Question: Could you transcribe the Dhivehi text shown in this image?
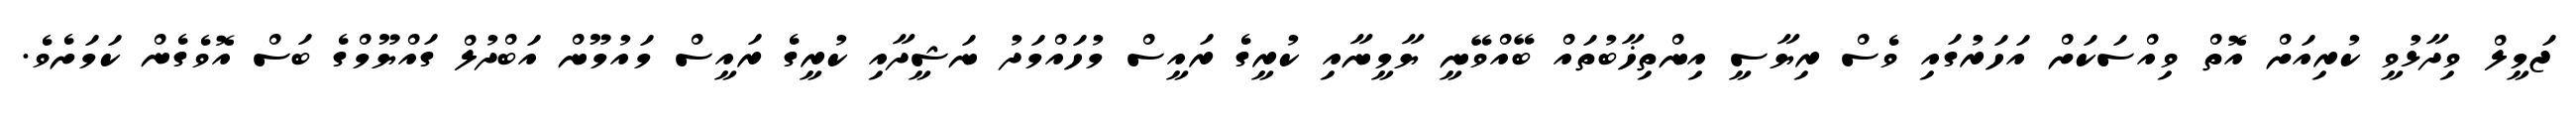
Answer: ޖަމީލް ވިދާޅުވީ ކުރިއަށް އޮތް ވިއްސަކަށް އަހަރުގައި ވެސް ރިޔާސީ އިންތިޚާބުތައް ބޭއްވޭނީ ޔާމީނާއި ކުރީގެ ރައީސް މުހައްމަދު ނަޝީދާއި ކުރީގެ ރައީސް މައުމޫން އަބްދުލް ގައްޔޫމްގެ ބަސް އޮވެގެން ކަމަށެވެ.